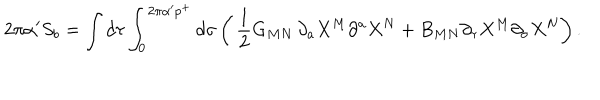
2 \pi \alpha ^ { \prime } S _ { b } = \int d \tau \int _ { 0 } ^ { 2 \pi \alpha ^ { \prime } p ^ { + } } d \sigma \left( \, { \frac { 1 } { 2 } } G _ { M N } \, \partial _ { a } X ^ { M } \partial ^ { a } X ^ { N } + B _ { M N } \partial _ { \tau } X ^ { M } \partial _ { \sigma } X ^ { N } \right) .